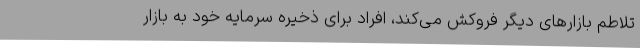
تلاطم بازارهای دیگر فروکش می‌کند، افراد برای ذخیره سرمایه خود به بازار